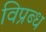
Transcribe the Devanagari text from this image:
विप्रब्ध